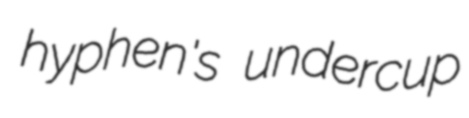
hyphen's undercup